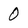
Character: 0